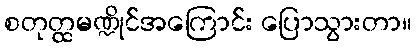
စတုတ္ထမဏ္ဍိုင်အကြောင်း ပြောသွားတာ။